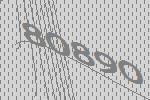
80890